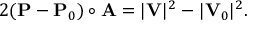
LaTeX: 2 ( \mathbf { P } - \mathbf { P } _ { 0 } ) \circ \mathbf { A } = | \mathbf { V } | ^ { 2 } - | \mathbf { V } _ { 0 } | ^ { 2 } .